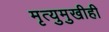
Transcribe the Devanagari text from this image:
मृत्युमुखीही